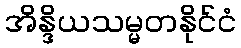
အိန္ဒိယသမ္မတနိုင်ငံ